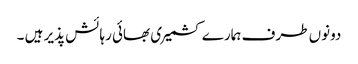
دونوں طرف ہمارے کشمیری بھائی رہائش پذیر ہیں ۔